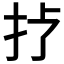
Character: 𢪀